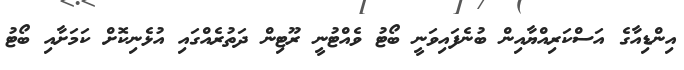
އިންޑިއާގެ އަސްކަރިއްޔާއިން ބުނެފައިވަނީ ބޯޓު ވެއްޓުނީ ރޫޓިން ދަތުރެއްގައި އުޅެނިކޮށް ކަމަށާއި ބޯޓު